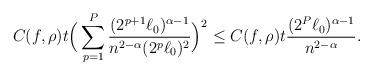
LaTeX: \begin{align*}C(f,\rho)t\Big(\sum_{p=1}^P{\frac{(2^{p+1}\ell_0)^{\alpha-1}}{n^{2-\alpha}(2^p\ell_0)^{2}}}\Big)^2\leq C(f,\rho)t \frac{(2^P\ell_0)^{\alpha-1}}{n^{2-\alpha}}.\end{align*}